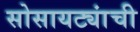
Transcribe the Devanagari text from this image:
सोसायट्यांची